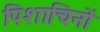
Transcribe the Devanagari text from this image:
पिशाचिनों